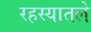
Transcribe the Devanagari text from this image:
रहस्यातले